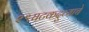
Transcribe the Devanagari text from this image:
२९घटकदुव्याचे